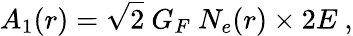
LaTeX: A_{1}(r)=\sqrt{2}~G_{F}~N_{e}(r)\times 2E~,